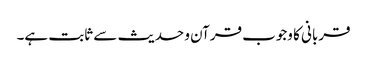
قربانی کا وجوب قرآن و حدیث سے ثابت ہے۔